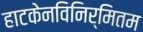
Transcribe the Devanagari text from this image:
हाटकेनविनिर्मितम